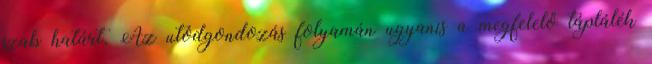
szab határt. Az utódgondozás folyamán ugyanis a megfelelő táplálék